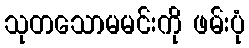
သုတသောမမင်းကို ဖမ်းပုံ